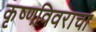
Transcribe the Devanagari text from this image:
कृष्णविवराचा